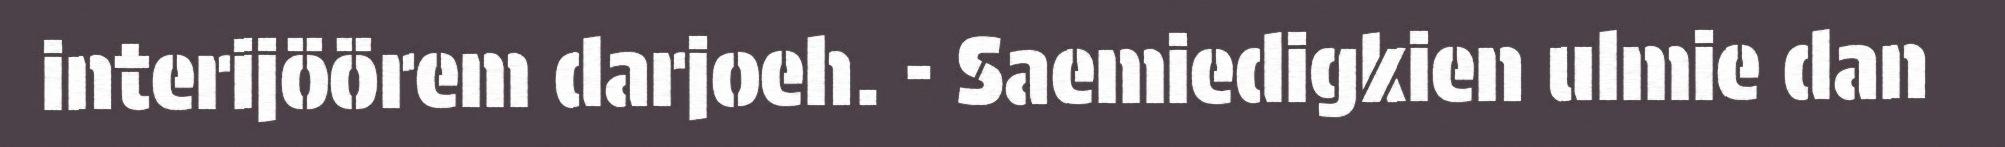
interijöörem darjoeh. - Saemiedigkien ulmie dan